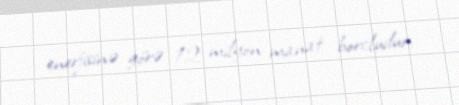
enerjisinə görə 12 milyon manat borcludur.